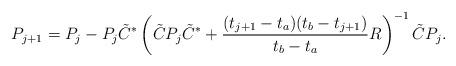
LaTeX: \begin{align*} P_{j+1} = P_j- P_j \tilde C^* \left( \tilde C P_j \tilde C^*+\frac{(t_{j+1}-t_a)(t_b-t_{j+1})}{t_b-t_a}R \right)^{-1} \tilde C P_j.\end{align*}